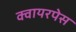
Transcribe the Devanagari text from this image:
क्वायरपेस